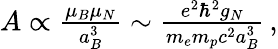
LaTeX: \begin{array}{r}{A\propto\frac{\mu_{B}\mu_{N}}{a_{B}^{3}}\sim\frac{e^{2}\hbar^{2}g_{N}}{m_{e}m_{p}c^{2}a_{B}^{3}}\, ,}\end{array}